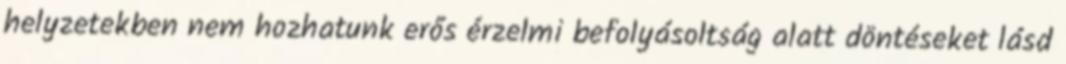
helyzetekben nem hozhatunk erős érzelmi befolyásoltság alatt döntéseket lásd